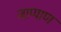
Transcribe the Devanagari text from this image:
जाप्पाण